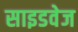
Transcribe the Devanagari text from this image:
साइडवेज